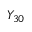
Y _ { 3 0 }